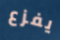
يفزع